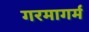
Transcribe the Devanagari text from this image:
गरमागर्म